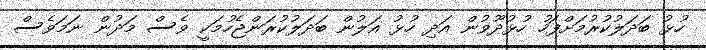
ހުޅު ބަދަލުކުރުމަށްފަހު ހުޅުދޫވުން އަދި ހުޅު އަލުން ބަދަލުކުރަންޖެހުމަކީ ވެސް މަދުން ނަމަވެސް